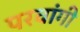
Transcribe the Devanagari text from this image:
परवांगी